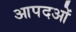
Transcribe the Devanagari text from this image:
आपदओं